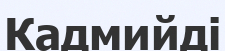
Кадмийді